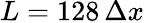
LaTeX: L=128\, \Delta x